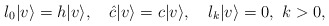
\begin{align*}l_0| v \rangle=h| v \rangle , \quad \hat c | v \rangle=c| v \rangle, \quad l_k| v \rangle=0, \ k>0,\end{align*}